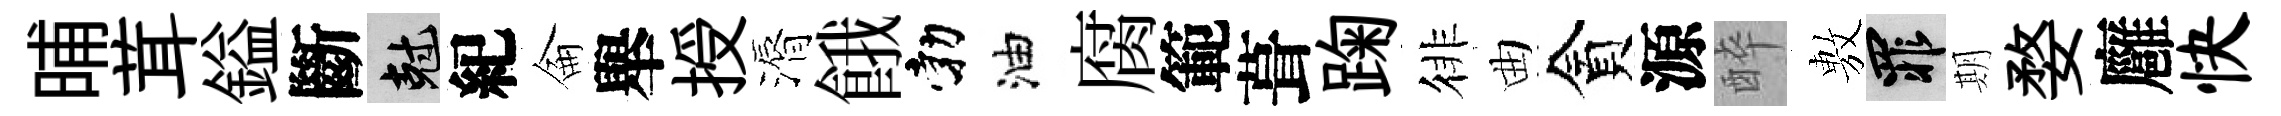
晡茸鎰斷剋紀侖舉授漘餓勃油腐範葺踘徘曲貪源醉𢾾罪期婺廱快